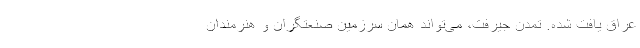
عراق یافت شده. تمدن جیرفت، می‌تواند همان سرزمین صنعتگران و هنرمندان